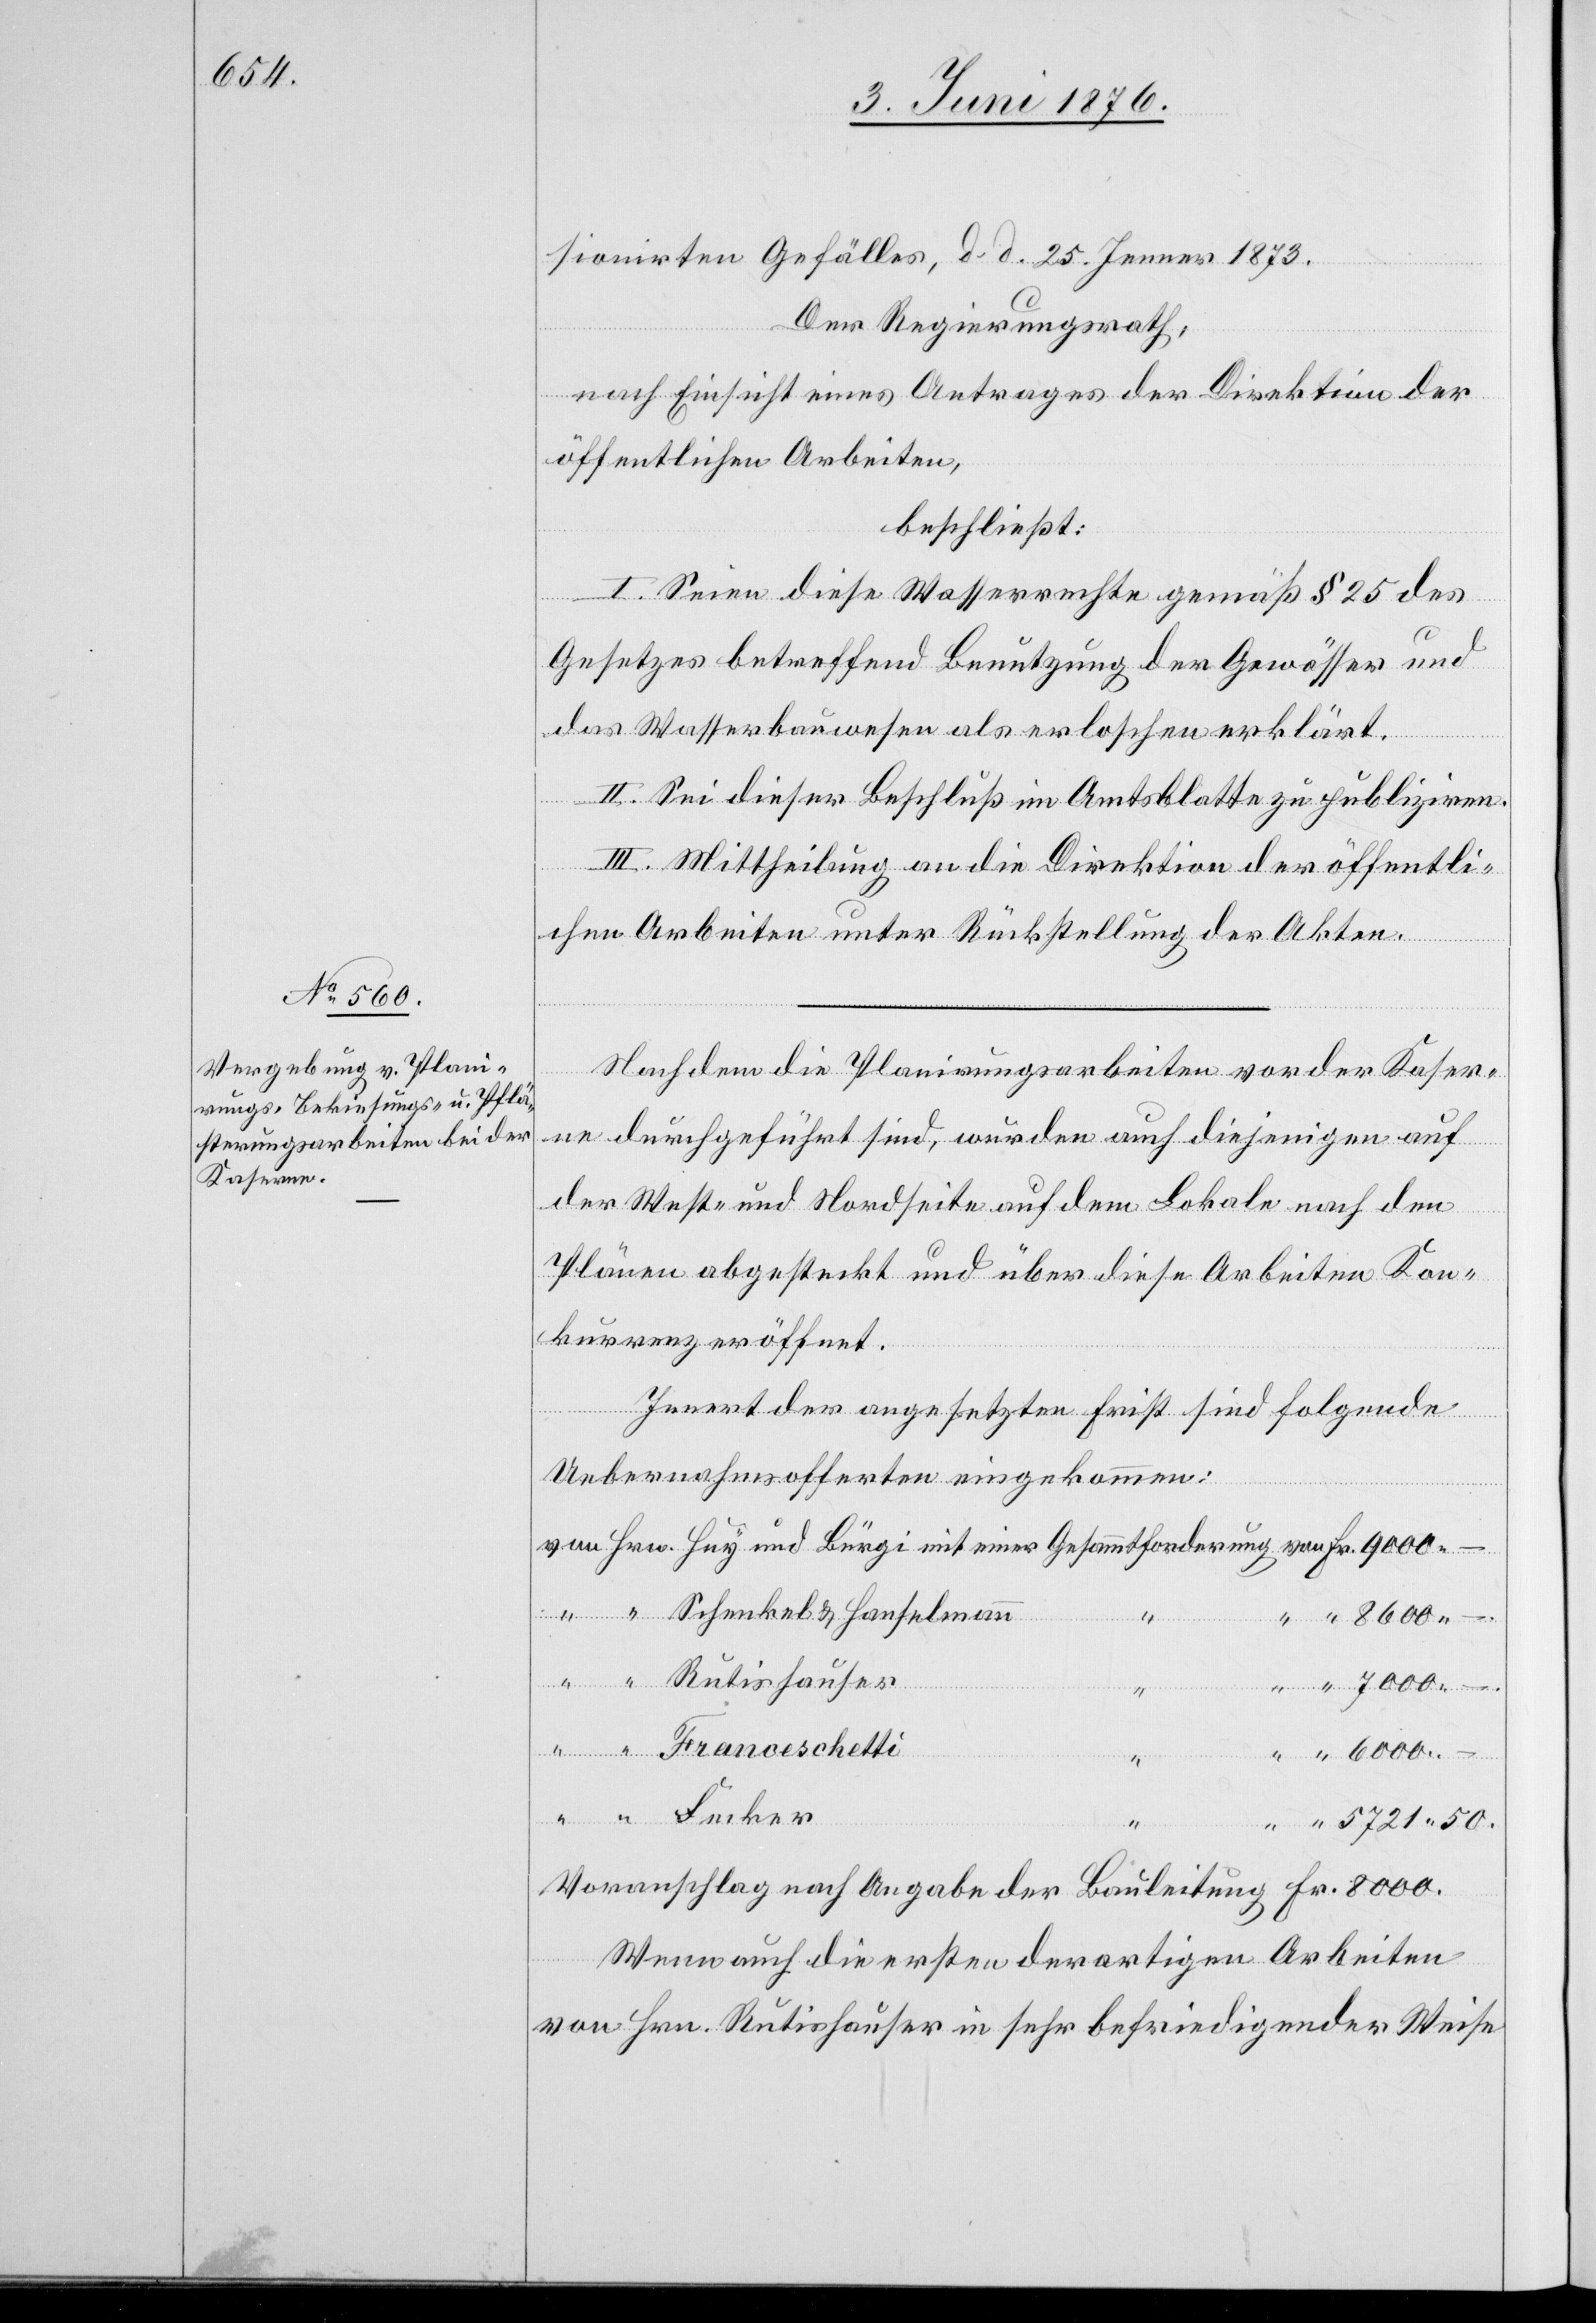
sionirten Gefälles, d. d. 25. Jenner 1873.
Der Regierungsrath,
nach Einsicht eines Antrages der Direktion der
öffentlichen Arbeiten,
beschließt:
I. Seien diese Wasserrechte gemäß § 25 des
Gesetzes betreffend Benutzung der Gewässer und
des Wasserbauwesens als erloschen erklärt.
II. Sei dieser Beschluß im Amtsblatte zu publiziren.
III. Mittheilung an die Direktion der öffentli¬
chen Arbeiten unter Rückstellung der Akten.
Nachdem die Planirungsarbeiten vor der Kaser¬
ne durchgeführt sind, wurden auch diejenigen auf
der West- und Nordseite auf dem Lokale nach den
Fecker
Plänen abgesteckt und über diese Arbeiten Kon¬
kurrenz eröffnet.
von
Innert der angesetzten Frist sind folgende
Uebernahmsofferten eingekommen:
Fr.
–.
“
50.
Voranschlag nach Angabe der Bauleitung Frk. 8000.
Wenn auch die ersten derartigen Arbeiten
von Hrn. Rutishauser in sehr befriedigender Weise